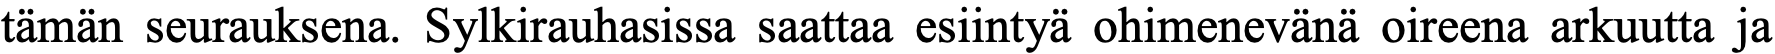
tämän seurauksena. Sylkirauhasissa saattaa esiintyä ohimenevänä oireena arkuutta ja